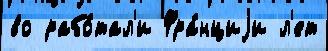
во рабо́тал'и Фра́нциjи л'ет